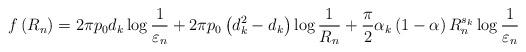
LaTeX: \begin{align*} f\left(R_{n}\right)=2\pi p_{0}d_{k}\log\frac{1}{\varepsilon_{n}}+2\pi p_{0}\left(d_{k}^{2}-d_{k}\right)\log\frac{1}{R_{n}}+\frac{\pi}{2}\alpha_{k}\left(1-\alpha\right)R_{n}^{s_{k}}\log\frac{1}{\varepsilon_{n}}\end{align*}